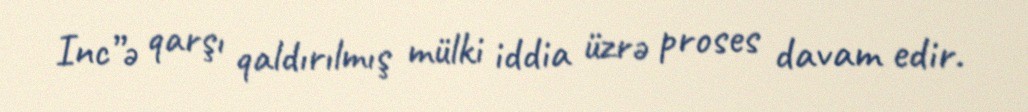
Inc”ə qarşı qaldırılmış mülki iddia üzrə proses davam edir.